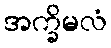
အက္ခိမလံ